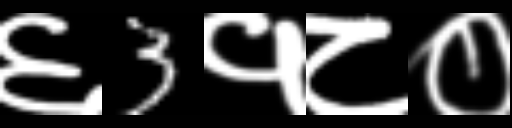
Text: ६3१८०